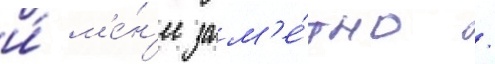
и́ м'е́н'ее зам'е́тно /